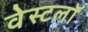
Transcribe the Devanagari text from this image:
वेस्टलॉ